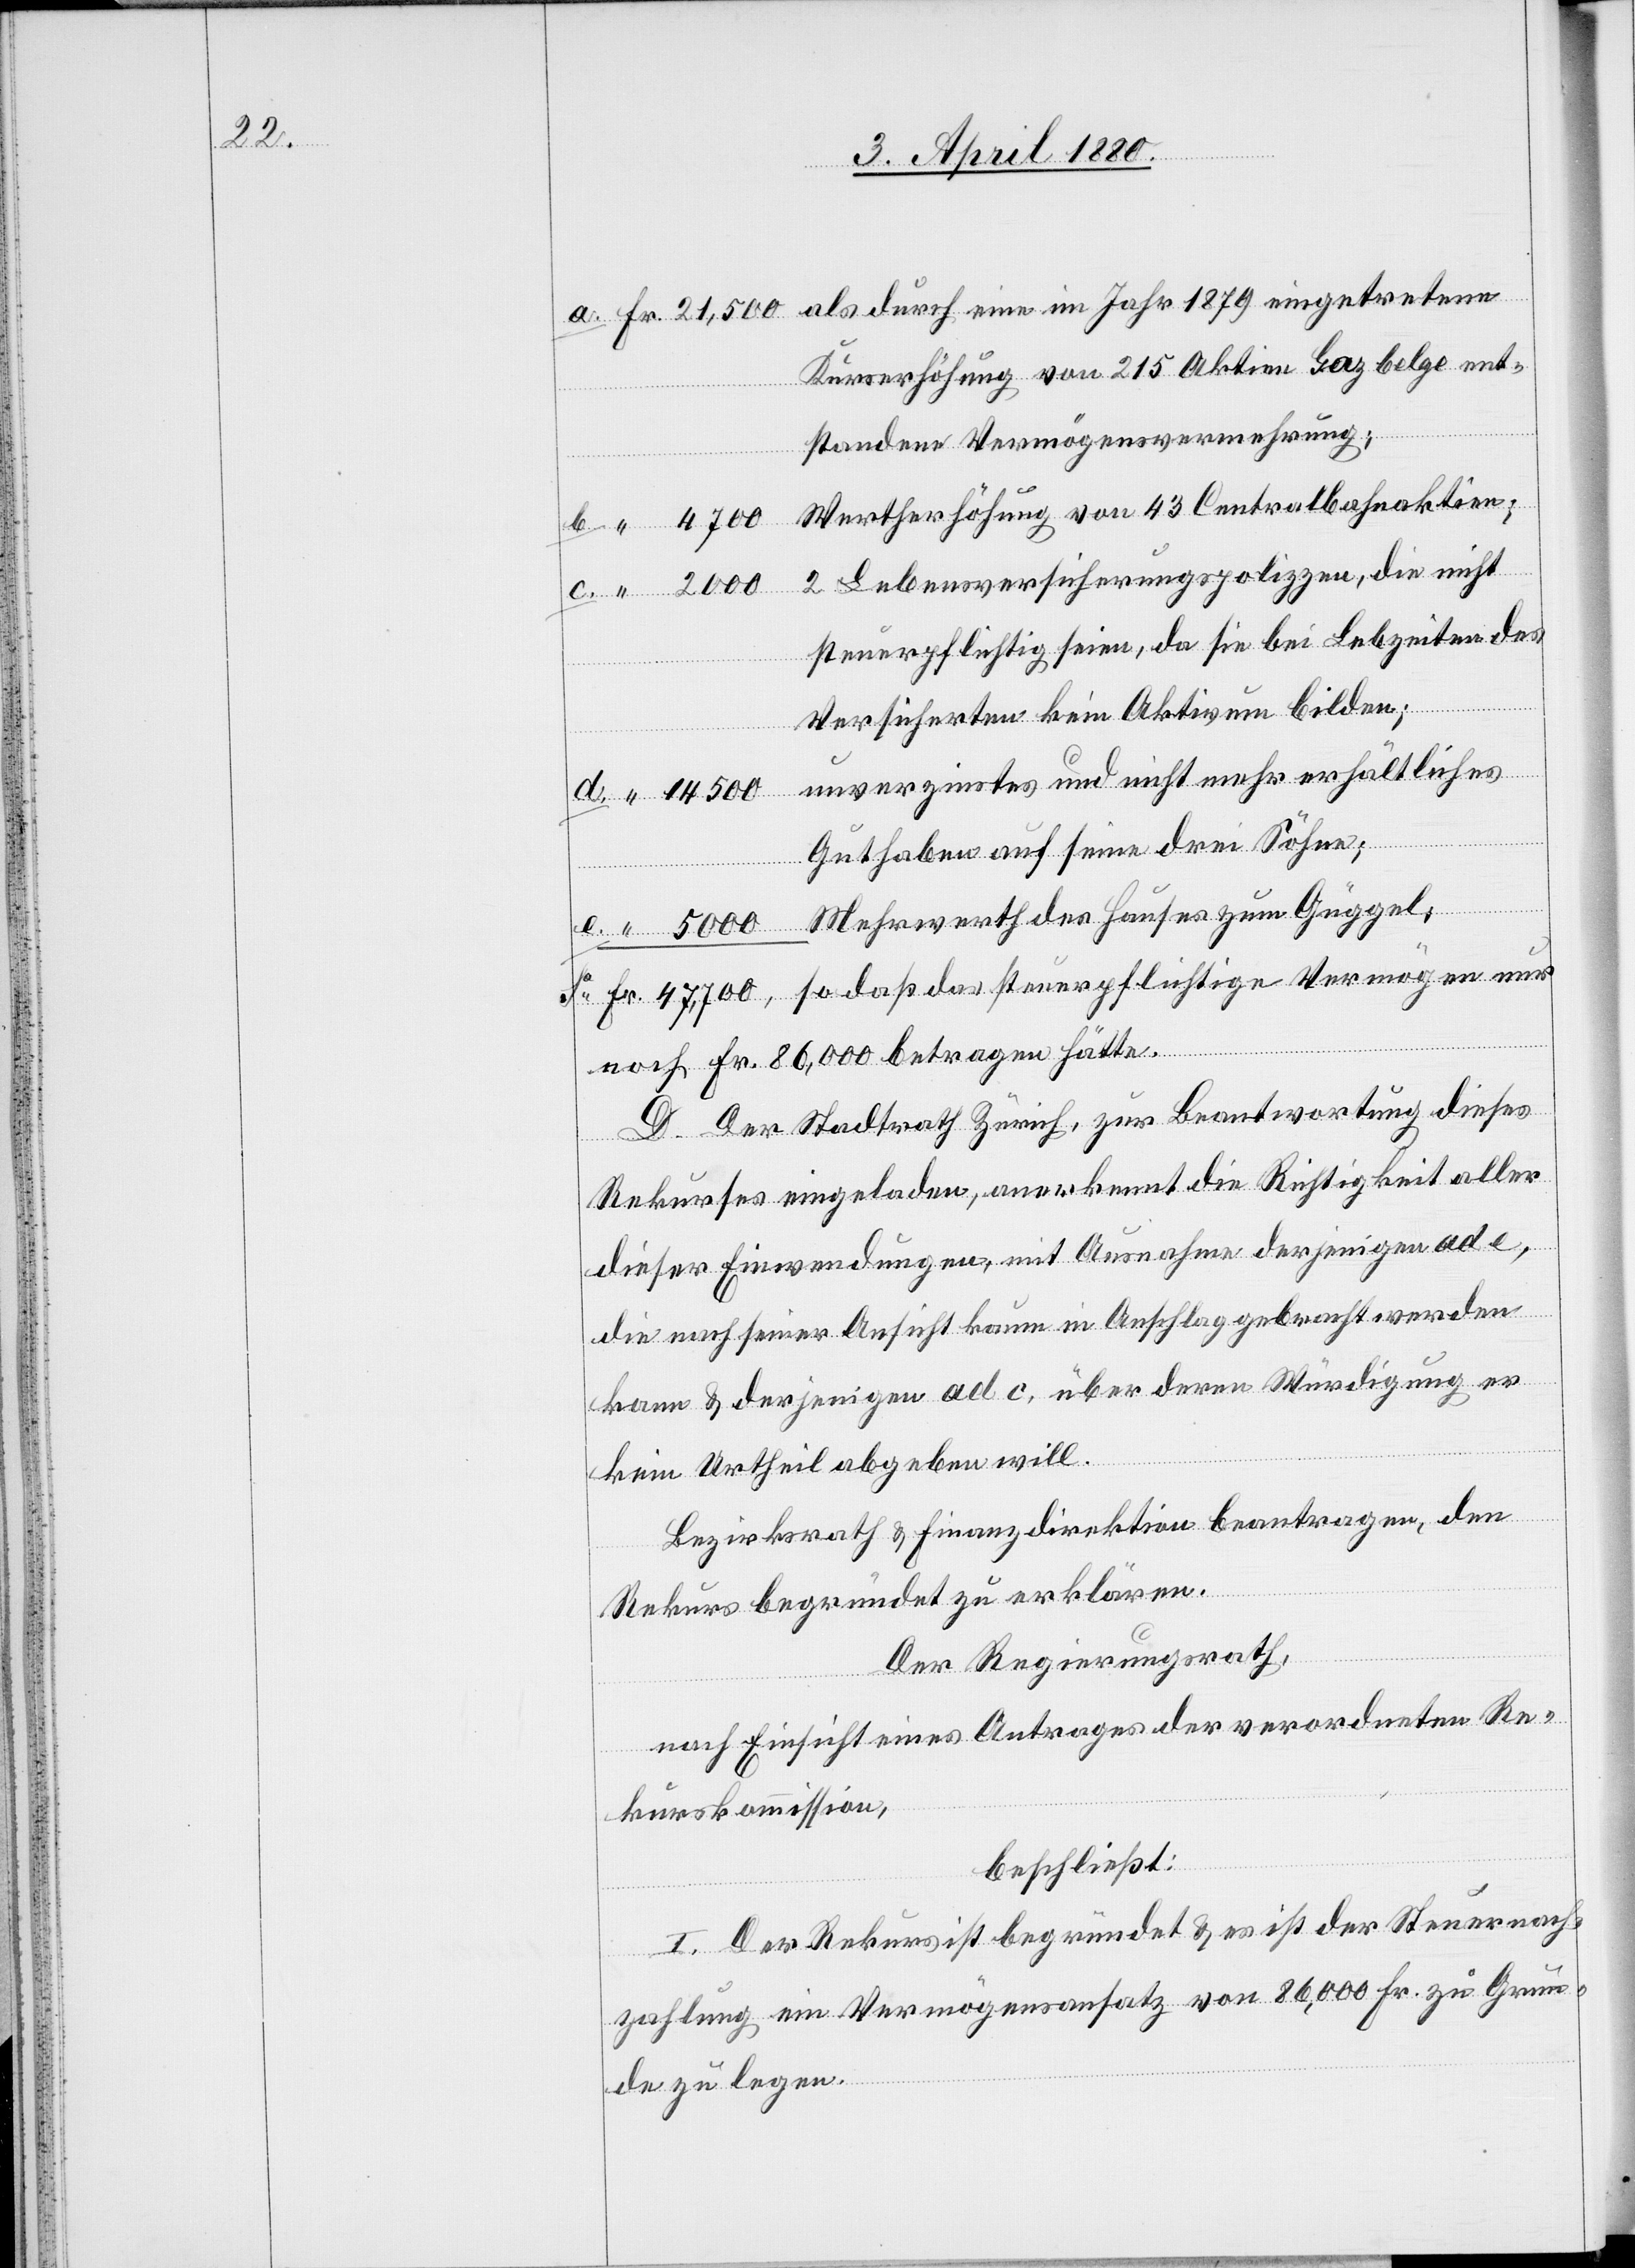
Kurserhöhung von 215 Aktien Gaz belge ent¬
standene Vermögensvermehrung;
Wertherhöhung von 43 Centralbahnaktien;
2 Lebensversicherungspolizzen, die nicht
steuerpflichtig seien, da sie bei Lebzeiten des
nur
Versicherten kein Aktivum bilden;
e.
Guthaben auf seine drei Söhne;
noch Fr. 86,000 betragen hätte.
D. Der Stadtrath Zürich, zur Beantwortung dieses
Rekurses eingeladen, anerkennt die Richtigkeit aller
dieser Einwendungen, mit Ausnahme derjenigen ad e,
die nach seiner Ansicht kaum in Anschlag gebracht werden
kann & derjenigen ad c, über deren Würdigung er
kein Urtheil abgeben will.
Bezirksrath & Finanzdirektion beantragen, den
Rekurs begründet zu erklären.
Der Regierungsrath,
nach Einsicht eines Antrages der verordneten Re¬
kurskommission,
beschließt:
I. Der Rekurs ist begründet & es ist der Steuernach¬
zahlung ein Vermögensansatz von 86,000 Fr. zu Grun¬
de zu legen.